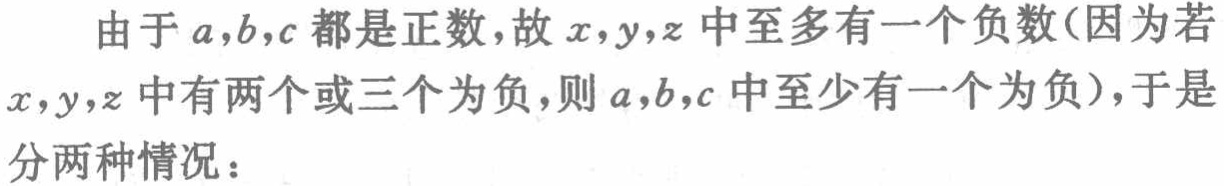
由于 \(a,b,c\) 都是正数，故 \(x,y,z\) 中至多有一个负数(因为若 \(x,y,z\) 中有两个或三个为负，则 \(a,b,c\) 中至少有一个为负)，于是分两种情况：